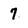
Character: 7